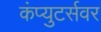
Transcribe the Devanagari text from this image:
कंप्युटर्सवर